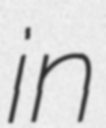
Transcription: in